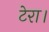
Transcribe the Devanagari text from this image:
टेरा।